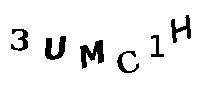
3UMC1H